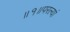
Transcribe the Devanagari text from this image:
॥१॥परल्यां